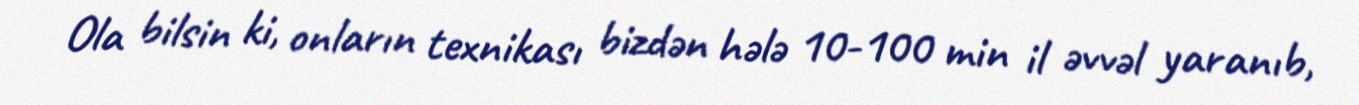
Ola bilsin ki, onların texnikası bizdən hələ 10-100 min il əvvəl yaranıb,